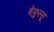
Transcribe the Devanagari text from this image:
बेफुल्हू